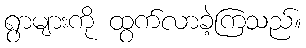
ရွာများကို ထွက်လာခဲ့ကြသည်။